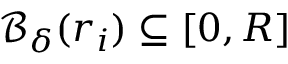
\mathcal { B } _ { \delta } ( r _ { i } ) \subseteq [ 0 , R ]